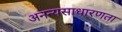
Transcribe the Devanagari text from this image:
अनन्यसाधारणता